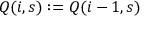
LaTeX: Q ( i , s ) : = Q ( i - 1 , s )